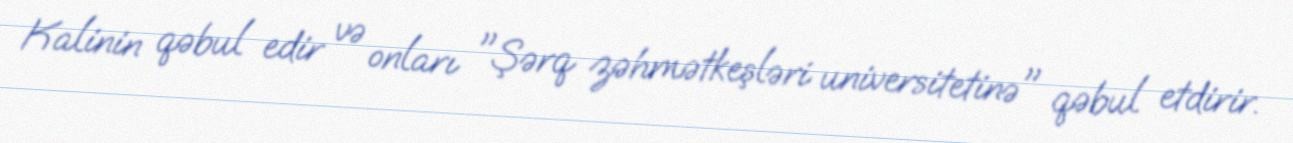
Kalinin qəbul edir və onları "Şərq zəhmətkeşləri universitetinə" qəbul etdirir.